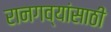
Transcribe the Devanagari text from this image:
रानगव्यांसाठी